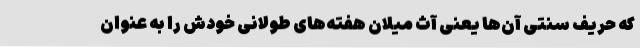
که حریف سنتی آن‌ها یعنی آث میلان هفته‌های طولانی خودش را به عنوان